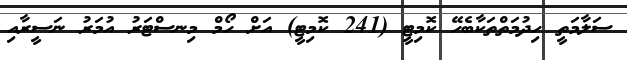
ސަލާމަތީ ހިދުމަތްތަކާބެހޭ ކޮމިޓީ (241 ކޮމިޓީ) އަށް ހޯމް މިނސްޓަރު އުމަރު ނަސީރާއި